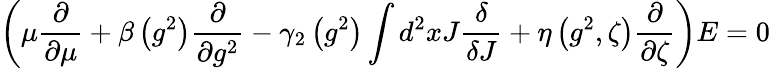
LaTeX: \left(\mu\frac{\partial}{\partial\mu}+\beta\left(g^{2}\right)\frac{\partial}{\partial g^{2}}-\gamma_{2}\left(g^{2}\right)\int d^{2}xJ\frac{\delta}{\delta J}+\eta\left(g^{2},\zeta\right)\frac{\partial}{\partial\zeta}\right)E=0